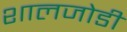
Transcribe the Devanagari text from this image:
शालजोडी